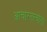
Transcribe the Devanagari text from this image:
आचारतत्त्वांना